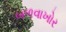
બળવાખોર